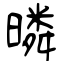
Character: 暽